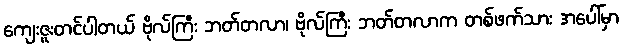
ကျေးဇူးတင်ပါတယ် ဗိုလ်ကြီး ဘတ်တလာ၊ ဗိုလ်ကြီး ဘတ်တလာက တစ်ဖက်သား အပေါ်မှာ